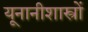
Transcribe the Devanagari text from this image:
यूनानीशास्त्रों